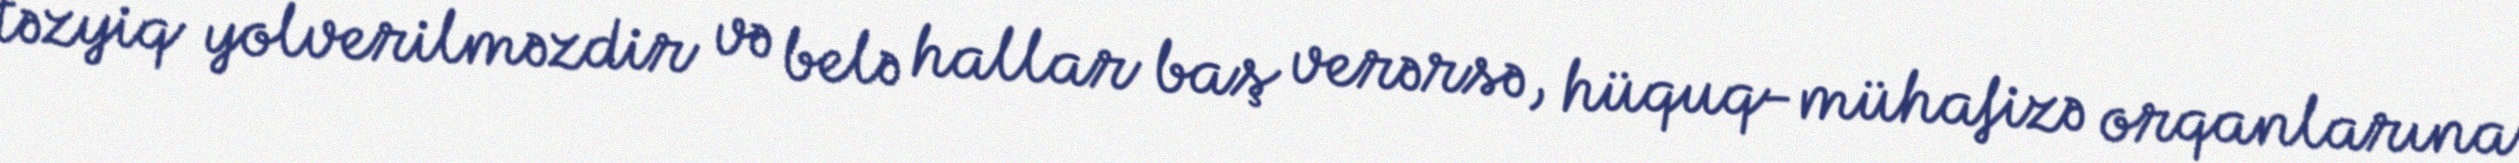
təzyiq yolverilməzdir və belə hallar baş verərsə, hüquq-mühafizə orqanlarına